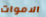
الاموات